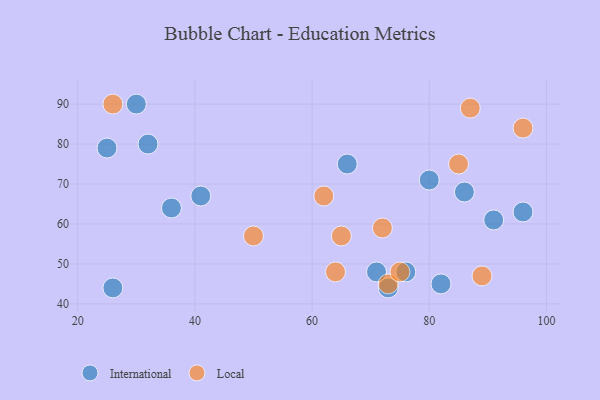
{"axis": {"x": "GDP", "y": "Life Expectancy"}, "legend": ["International", "Local"], "data": [{"x": "66", "y": 75, "type": "International"}, {"x": "25", "y": 79, "type": "International"}, {"x": "26", "y": 44, "type": "International"}, {"x": "41", "y": 67, "type": "International"}, {"x": "96", "y": 63, "type": "International"}, {"x": "91", "y": 61, "type": "International"}, {"x": "30", "y": 90, "type": "International"}, {"x": "32", "y": 80, "type": "International"}, {"x": "73", "y": 44, "type": "International"}, {"x": "82", "y": 45, "type": "International"}, {"x": "76", "y": 48, "type": "International"}, {"x": "71", "y": 48, "type": "International"}, {"x": "86", "y": 68, "type": "International"}, {"x": "36", "y": 64, "type": "International"}, {"x": "80", "y": 71, "type": "International"}, {"x": "26", "y": 90, "type": "Local"}, {"x": "85", "y": 75, "type": "Local"}, {"x": "50", "y": 57, "type": "Local"}, {"x": "64", "y": 48, "type": "Local"}, {"x": "87", "y": 89, "type": "Local"}, {"x": "96", "y": 84, "type": "Local"}, {"x": "72", "y": 59, "type": "Local"}, {"x": "73", "y": 45, "type": "Local"}, {"x": "65", "y": 57, "type": "Local"}, {"x": "89", "y": 47, "type": "Local"}, {"x": "75", "y": 48, "type": "Local"}, {"x": "62", "y": 67, "type": "Local"}]}